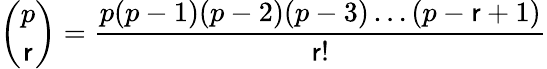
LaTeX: \binom{p}{\mathsf{r}}={\frac{{p(p-1)(p-2)(p-3)\dots(p-\mathsf{r}+1)}}{{\mathsf{r}!}}}